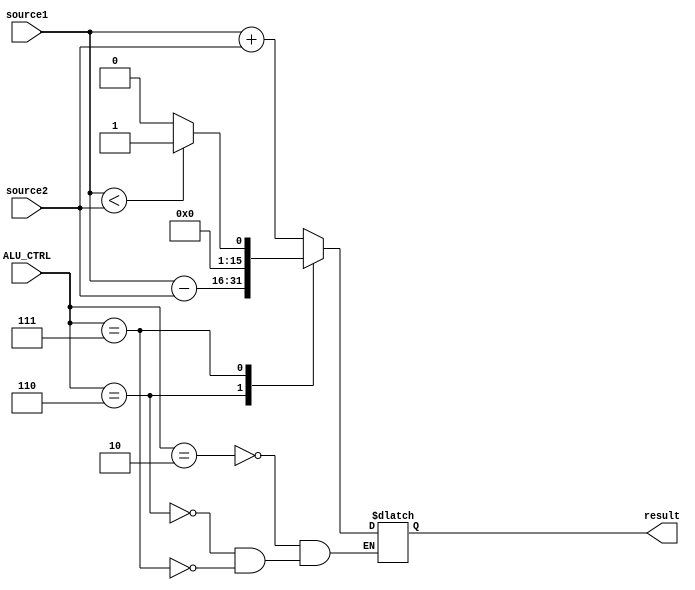
`timescale 1ns / 1ps

module ALU( source1,source2,ALU_CTRL,result);
  input [15:0] source1;
  input [15:0] source2;
  input [3:0] ALU_CTRL;
  output reg[15:0] result;

  always @ ( * ) begin
    case (ALU_CTRL)
      4'b0010: result = source1 + source2;
      4'b0110: result = source1 - source2;
      4'b0111: result = (source1<source2)? 1:0;
    endcase
  end

endmodule

// module test ();
//   reg [15:0] source1;
//   reg [15:0] source2;
//   reg [3:0] ALU_CTRL;
//   wire signed[15:0] result;
//
//   ALU alu( source1,source2,ALU_CTRL,result);
//   initial begin
//     $monitor( " source1 = %d,source2 = %d,ALU_CTRL = %b,result = %d",source1,source2,ALU_CTRL,result);
//     source1 = 5;
//     source2 = 7;
//     #1 ALU_CTRL = 4'b0010;
//     #1 ALU_CTRL = 4'b0110;
//     #1 ALU_CTRL = 4'b0111;
//     #1 ALU_CTRL = 4'b0111;
//     source1 = 1;
//     source2 = 0;
//     #1 source1 = 0;
//
//
//   end
// endmodule // test